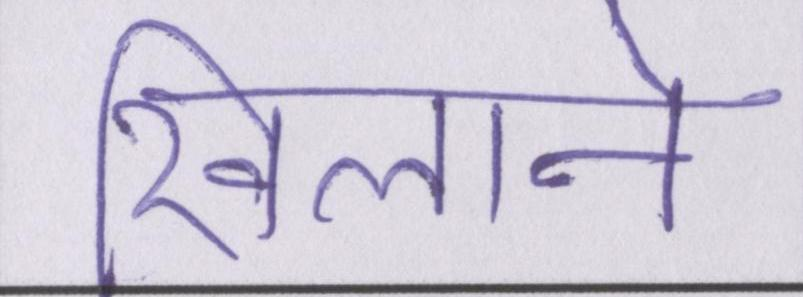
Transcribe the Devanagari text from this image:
खिलाने